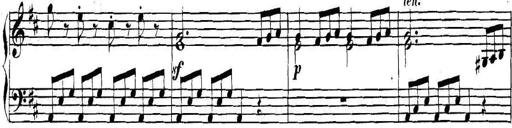
Title: Collected Piano Sonatas
Composer: Muzio Clementi